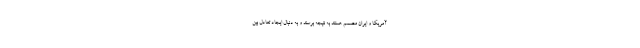
آمریکا و ایران مصمم هستند به نتیجه برسند و به‌ دنبال ایجاد تعادل بین